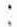
: